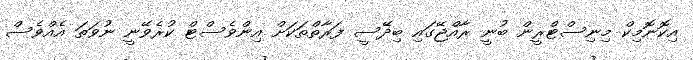
އިކޮނޮމިކް މިނިސްޓްރީން ބުނީ ރާއްޖޭގައި ބިދޭސީ ފަރާތްތަކަށް އިންވެސްޓް ކުރެވޭނީ ނުވަތަ އެއްވެސް